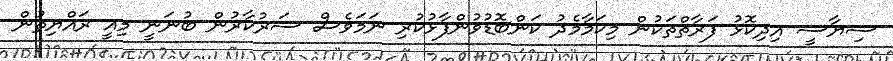
ސިޔާސީ އިދިކޮޅު ފަރާތްތަކުން މިކަމާމެދު ކަންބޮޑުވުންފާޅުކުރި ނަމަވެސް ސަރުކާރުން ބުނަނީ މިއީ ރައްޔިތުން